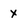
Character: x